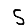
Digit: 5